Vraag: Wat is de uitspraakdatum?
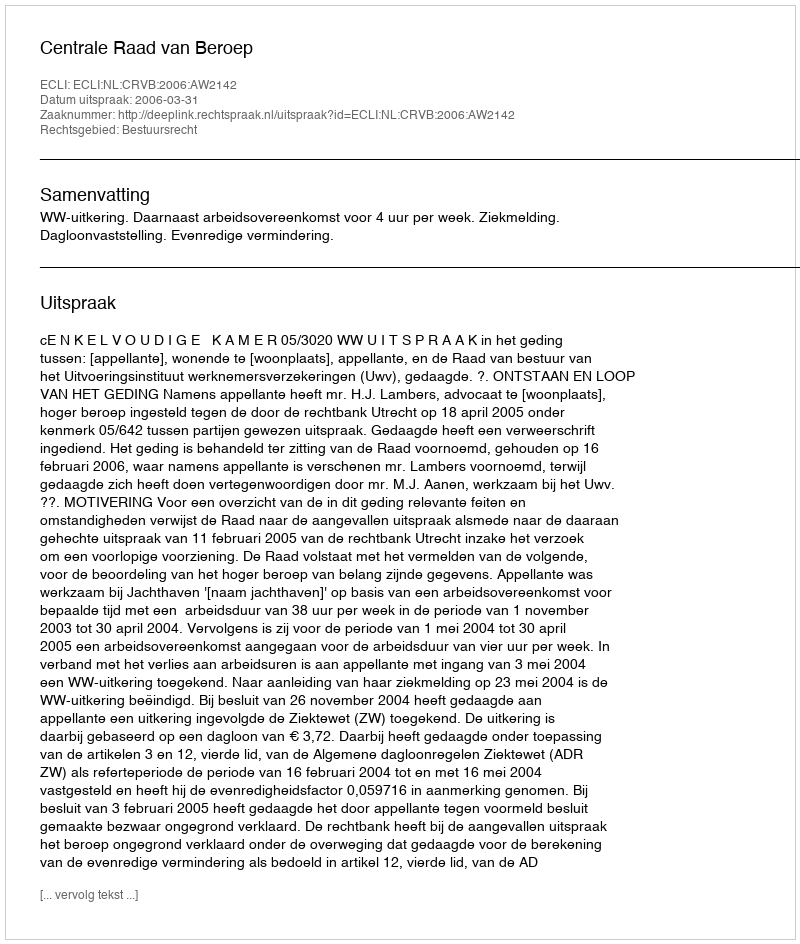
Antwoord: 2006-03-31